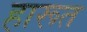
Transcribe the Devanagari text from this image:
हारूत